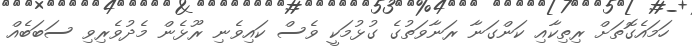
ހަމައެގޮތަށް ރިތިކާއި ކަންގަނާ ރަނާވަތުގެ ގުޅުމަކީ ވެސް ކައިވެނި ރޫޅެން މެދުވެރިވި ސަބަބެއް